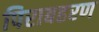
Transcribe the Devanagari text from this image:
पिराबहरण